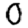
Digit: 0